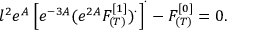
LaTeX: l ^ { 2 } e ^ { A } \left[ e ^ { - 3 A } ( e ^ { 2 A } F _ { ( T ) } ^ { [ 1 ] } ) ^ { \cdot } \right] ^ { \cdot } - F _ { ( T ) } ^ { [ 0 ] } = 0 .